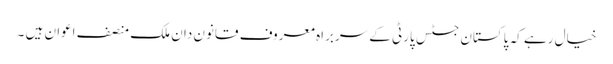
خیال رہے کہ پاکستان جسٹس پارٹی کے سربراہ معروف قانون دان ملک منصف اعوان ہیں ۔